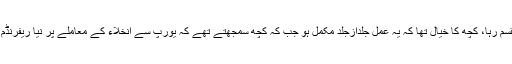
اس دوران اظہاررائے کے حوالے سے برطانیہ دو حصّوں میں منقسم رہا، کچھ کا خیال تھا کہ یہ عمل جلدازجلد مکمل ہو جب کہ کچھ سمجھتے تھے کہ یورپ سے انخلاء کے معاملے پر نیا ریفرنڈم کروایا جائے اور کچھ کا اصرار تھا کہ اسے منسوخ کردیا جائے۔